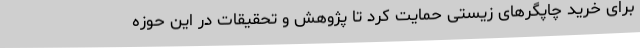
برای خرید چاپگرهای زیستی حمایت کرد تا پژوهش و تحقیقات در این حوزه